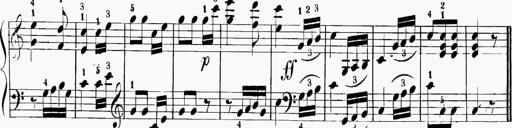
Title: 6 Sonatinas
Composer: Carl Reinecke